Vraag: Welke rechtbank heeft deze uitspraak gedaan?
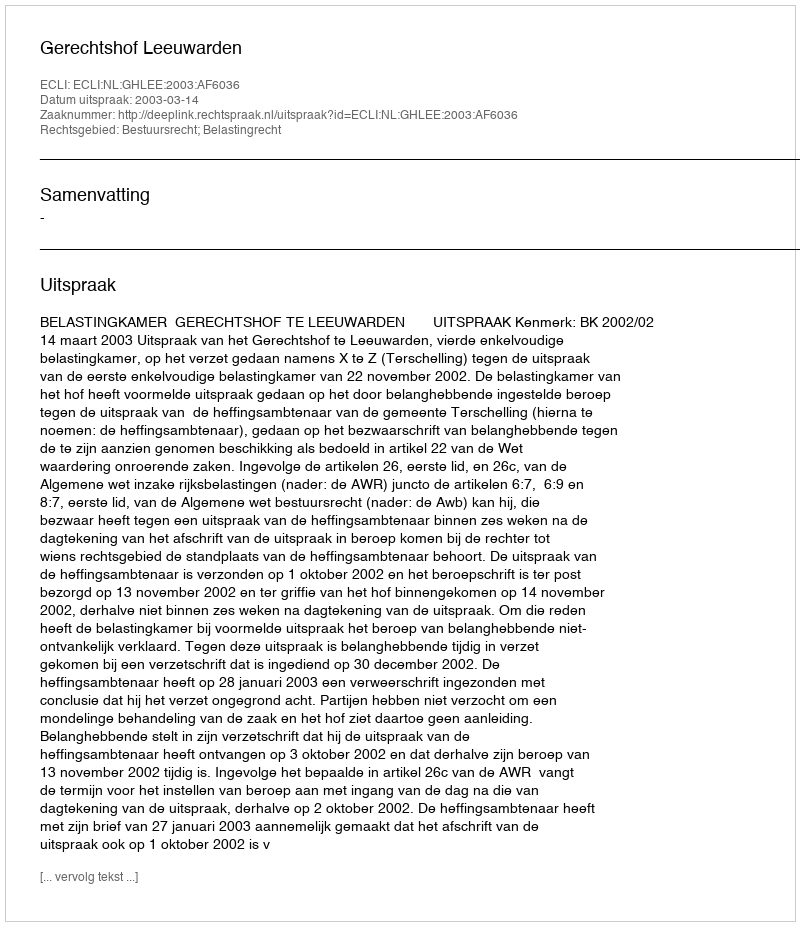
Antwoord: Gerechtshof Leeuwarden